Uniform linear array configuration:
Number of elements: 8
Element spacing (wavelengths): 0.5
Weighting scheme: hamming
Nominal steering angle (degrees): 15
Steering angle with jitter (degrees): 16.471
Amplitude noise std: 0.05
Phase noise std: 0.05

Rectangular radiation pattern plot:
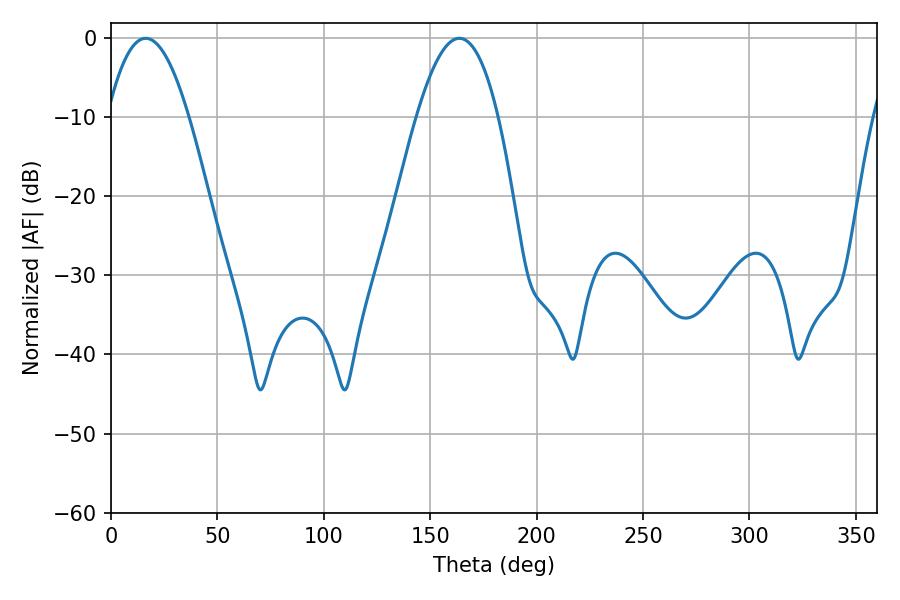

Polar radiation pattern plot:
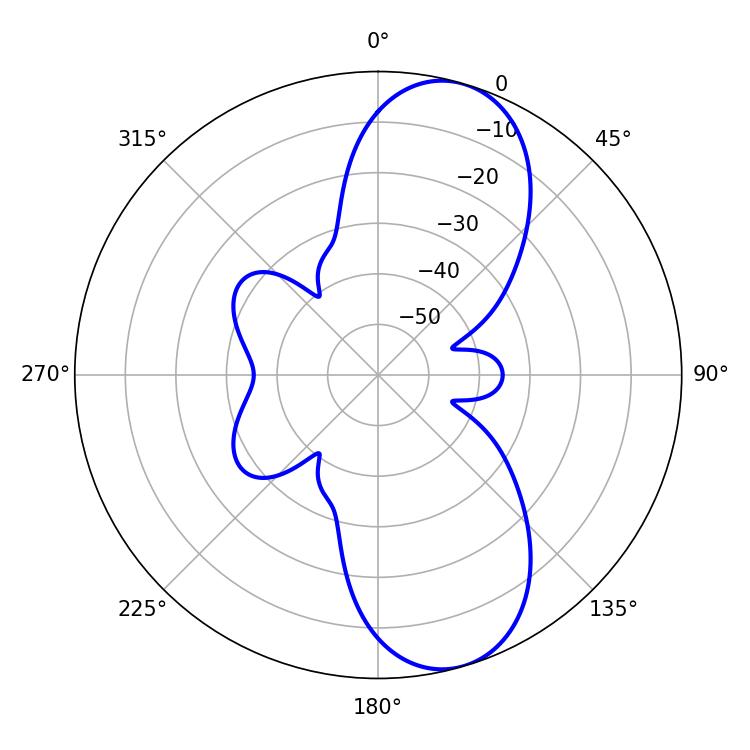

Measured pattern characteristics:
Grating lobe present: FALSE
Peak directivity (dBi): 9.456
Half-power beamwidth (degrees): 21.06
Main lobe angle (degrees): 16.38